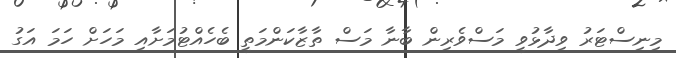
މިނިސްޓަރު ވިދާޅުވީ މަސްވެރިން ބާނާ މަސް ތާޒާކަންމަތީ ބެހެއްޓުމަށާއި މަހަށް ހަމަ އަގު